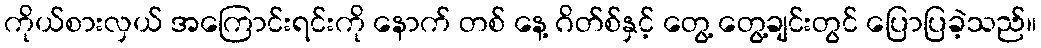
ကိုယ်စားလှယ် အကြောင်းရင်းကို နောက် တစ် နေ့ ဂိတ်စ်နှင့် တွေ့ တွေ့ချင်းတွင် ပြောပြခဲ့သည်။